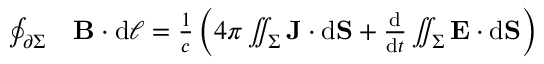
{ \begin{array} { r l } { \oint _ { \partial \Sigma } } & { \mathbf { B } \cdot \mathrm { d } { \boldsymbol { \ell } } = { \frac { 1 } { c } } \left( 4 \pi \iint _ { \Sigma } \mathbf { J } \cdot \mathrm { d } \mathbf { S } + { \frac { \mathrel { \mathrm { d } } } { \mathrm { d } t } } \iint _ { \Sigma } \mathbf { E } \cdot \mathrm { d } \mathbf { S } \right) } \end{array} }